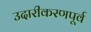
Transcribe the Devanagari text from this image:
उदारीकरणपूर्व